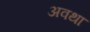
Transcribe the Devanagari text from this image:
अवथा